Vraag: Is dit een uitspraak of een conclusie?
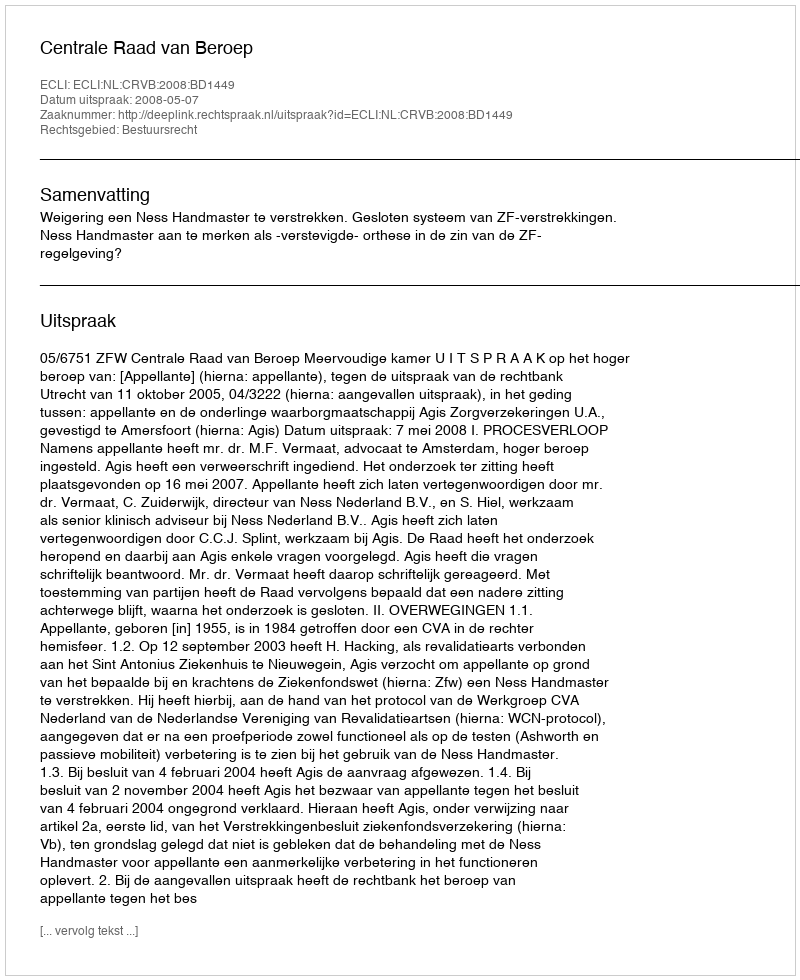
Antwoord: Uitspraak